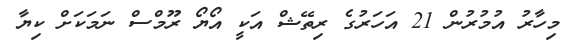
މިހާރު އުމުރުން 21 އަހަރުގެ ރިތޭޝް އަކީ އޯޔޯ ރޫމްސް ނަމަކަށް ކިޔާ